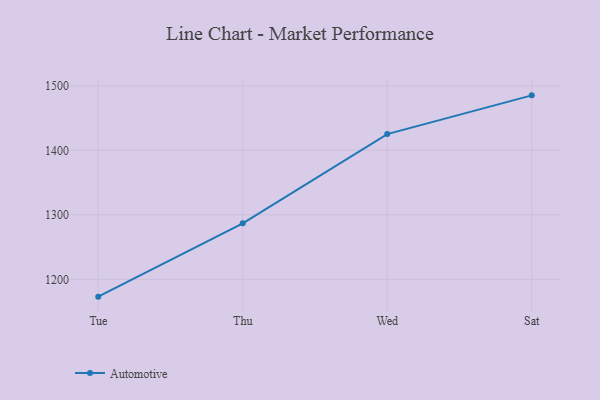
{"axis": {"x": "Day", "y": "Backlog"}, "legend": ["Automotive"], "data": [{"x": "Tue", "y": 1173.1, "type": "Automotive"}, {"x": "Thu", "y": 1286.8, "type": "Automotive"}, {"x": "Wed", "y": 1425.2, "type": "Automotive"}, {"x": "Sat", "y": 1485.3, "type": "Automotive"}]}